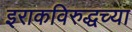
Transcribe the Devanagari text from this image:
इराकविरुद्धच्या